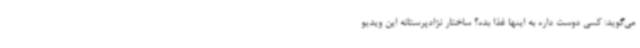
می‌گوید: کسی دوست داره به اینها غذا بده؟ ساختار نژادپرستانه این ویدیو